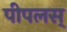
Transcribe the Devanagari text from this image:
पीपलस्